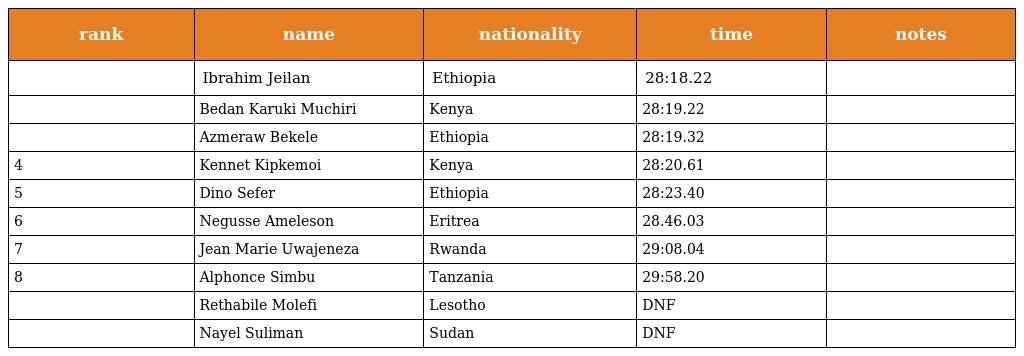
| rank | name | nationality | time | notes |
 | --- | --- | --- | --- | --- |
 |  | Ibrahim Jeilan | Ethiopia | 28:18.22 |  |
 |  | Bedan Karuki Muchiri | Kenya | 28:19.22 |  |
 |  | Azmeraw Bekele | Ethiopia | 28:19.32 |  |
 | 4 | Kennet Kipkemoi | Kenya | 28:20.61 |  |
 | 5 | Dino Sefer | Ethiopia | 28:23.40 |  |
 | 6 | Negusse Ameleson | Eritrea | 28.46.03 |  |
 | 7 | Jean Marie Uwajeneza | Rwanda | 29:08.04 |  |
 | 8 | Alphonce Simbu | Tanzania | 29:58.20 |  |
 |  | Rethabile Molefi | Lesotho | DNF |  |
 |  | Nayel Suliman | Sudan | DNF |  |